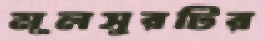
মূলসুরটির